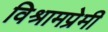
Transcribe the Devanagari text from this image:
विश्रामप्रेमी